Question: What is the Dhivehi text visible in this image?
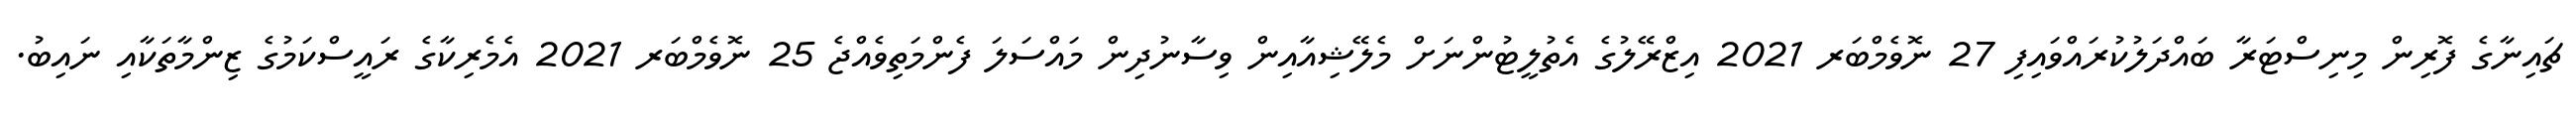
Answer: ޗައިނާގެ ފޮރިން މިނިސްޓަރާ ބައްދަލުކުރައްވައިފި 27 ނޮވެމްބަރ 2021 އިޒްރޭލުގެ އެތުލީޓުންނަށް މެލޭޝިއާއިން ވިސާނުދިން މައްސަލަ ފެންމަތިވެއްޖެ 25 ނޮވެމްބަރ 2021 އެމެރިކާގެ ރައީސްކަމުގެ ޒިންމާތަކާއި ނައިބު.